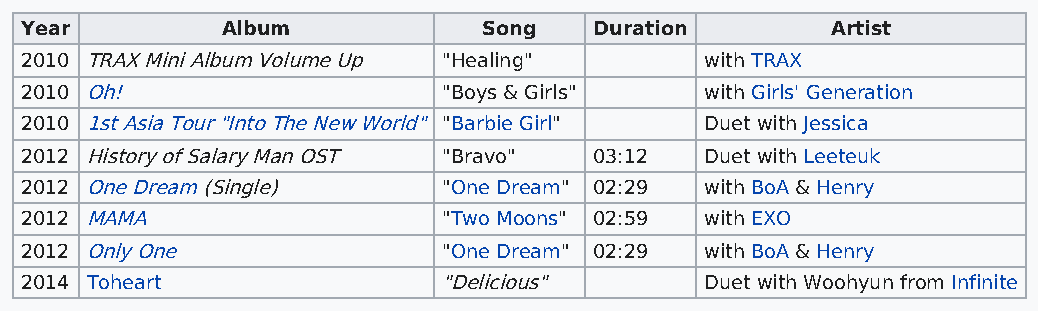
Year          Album            Song   Duration        Artist
 2010 TRAX Mini Album Volume Up "Healing"      with TRAX
 2010 Oh!                    "Boys & Girls"    with Girls' Generation
 2010 1st Asia Tour "Into The New World" "Barbie Girl" Duet with Jessica
 2012 History of Salary Man OST "Bravo" 03:12  Duet with Leeteuk
 2012 One Dream (Single)     "One Dream" 02:29 with BoA & Henry
 2012 MAMA                   "Two Moons" 02:59 with EXO
 2012 Only One               "One Dream" 02:29 with BoA & Henry
 2014 Toheart                "Delicious"       Duet with Woohyun from Infinite